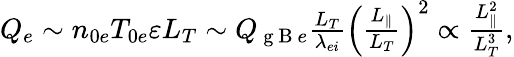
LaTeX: \begin{array}{r}{Q_{e}\sim n_{0e}T_{0e}\varepsilon L_{T}\sim Q_{\mathrm{~g~B~}e}\frac{L_{T}}{\lambda_{ei}}\left(\frac{L_{\parallel}}{L_{T}}\right)^{2}\propto\frac{L_{\parallel}^{2}}{L_{T}^{3}},}\end{array}